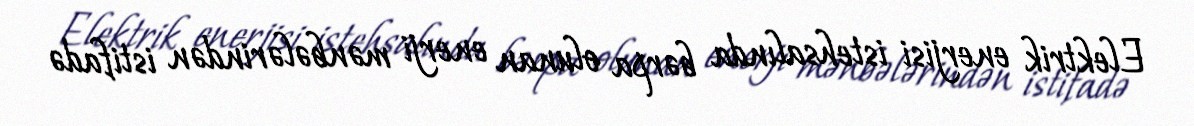
Elektrik enerjisi istehsalında bərpa olunan enerji mənbələrindən istifadə